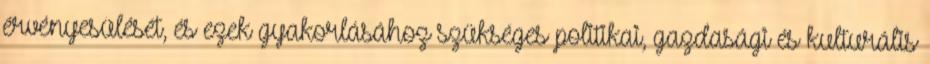
érvényesülését, és ezek gyakorlásához szükséges politikai, gazdasági és kulturális